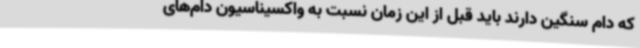
که دام سنگین دارند باید قبل از این زمان نسبت به واکسیناسیون دام‌های